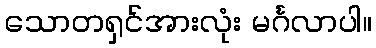
သောတရှင်အားလုံး မင်္ဂလာပါ။